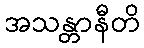
အသန္တာနီတိ